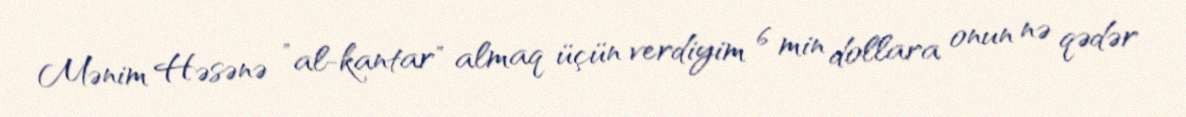
Mənim Həsənə ”al-kantar" almaq üçün verdiyim 6 min dollara onun nə qədər